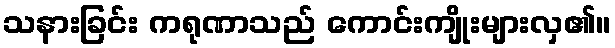
သနားခြင်း ကရုဏာသည် ကောင်းကျိုးများလှ၏။